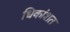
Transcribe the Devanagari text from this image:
धिकांशत